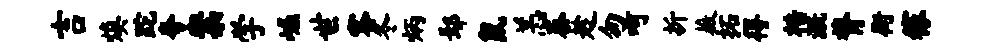
吉焕跎夸案学崛世客冬炳鄢鼠恙泰趁匆呵折薇拓得梏溉膂街稼